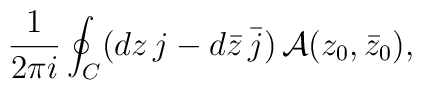
\frac{1}{2\pi i} \oint_C (dz\, j - d\bar z \, \bar j) \,{\cal A}(z_0,\bar z_0),